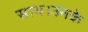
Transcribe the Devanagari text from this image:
साथ।उनके